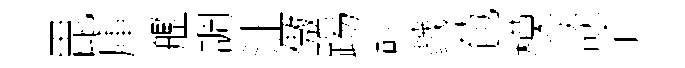
毘庫艦調沚傲踢謳戮苞模談子